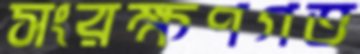
সংরক্ষণগত